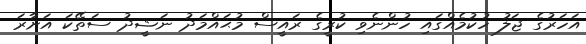
އަހަރުގެ ޖަލު ހުކުމެއްގައި ހުންނެވި ކުރީގެ ރައީސް މުޙައްމަދު ނަޝީދު ސަތޭކަ އަށާރަ